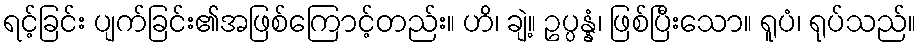
ရင့်ခြင်း ပျက်ခြင်း၏အဖြစ်ကြောင့်တည်း။ ဟိ၊ ချဲ့။ ဥပ္ပန္နံ၊ ဖြစ်ပြီးသော။ ရူပံ၊ ရုပ်သည်။